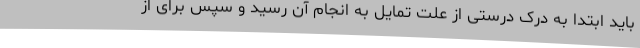
باید ابتدا به درک درستی از علت تمایل به انجام آن رسید و سپس برای از